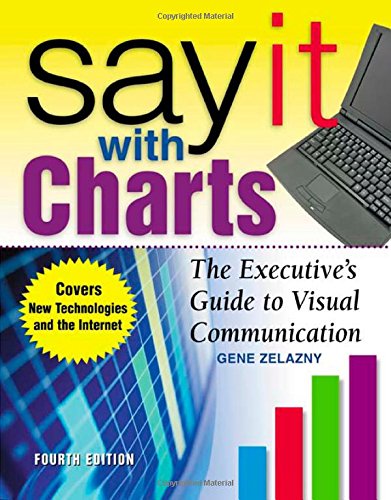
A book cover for Say It With Charts: The Executive's Guide to Visual Communication; Gene Zelazny; Business & Money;